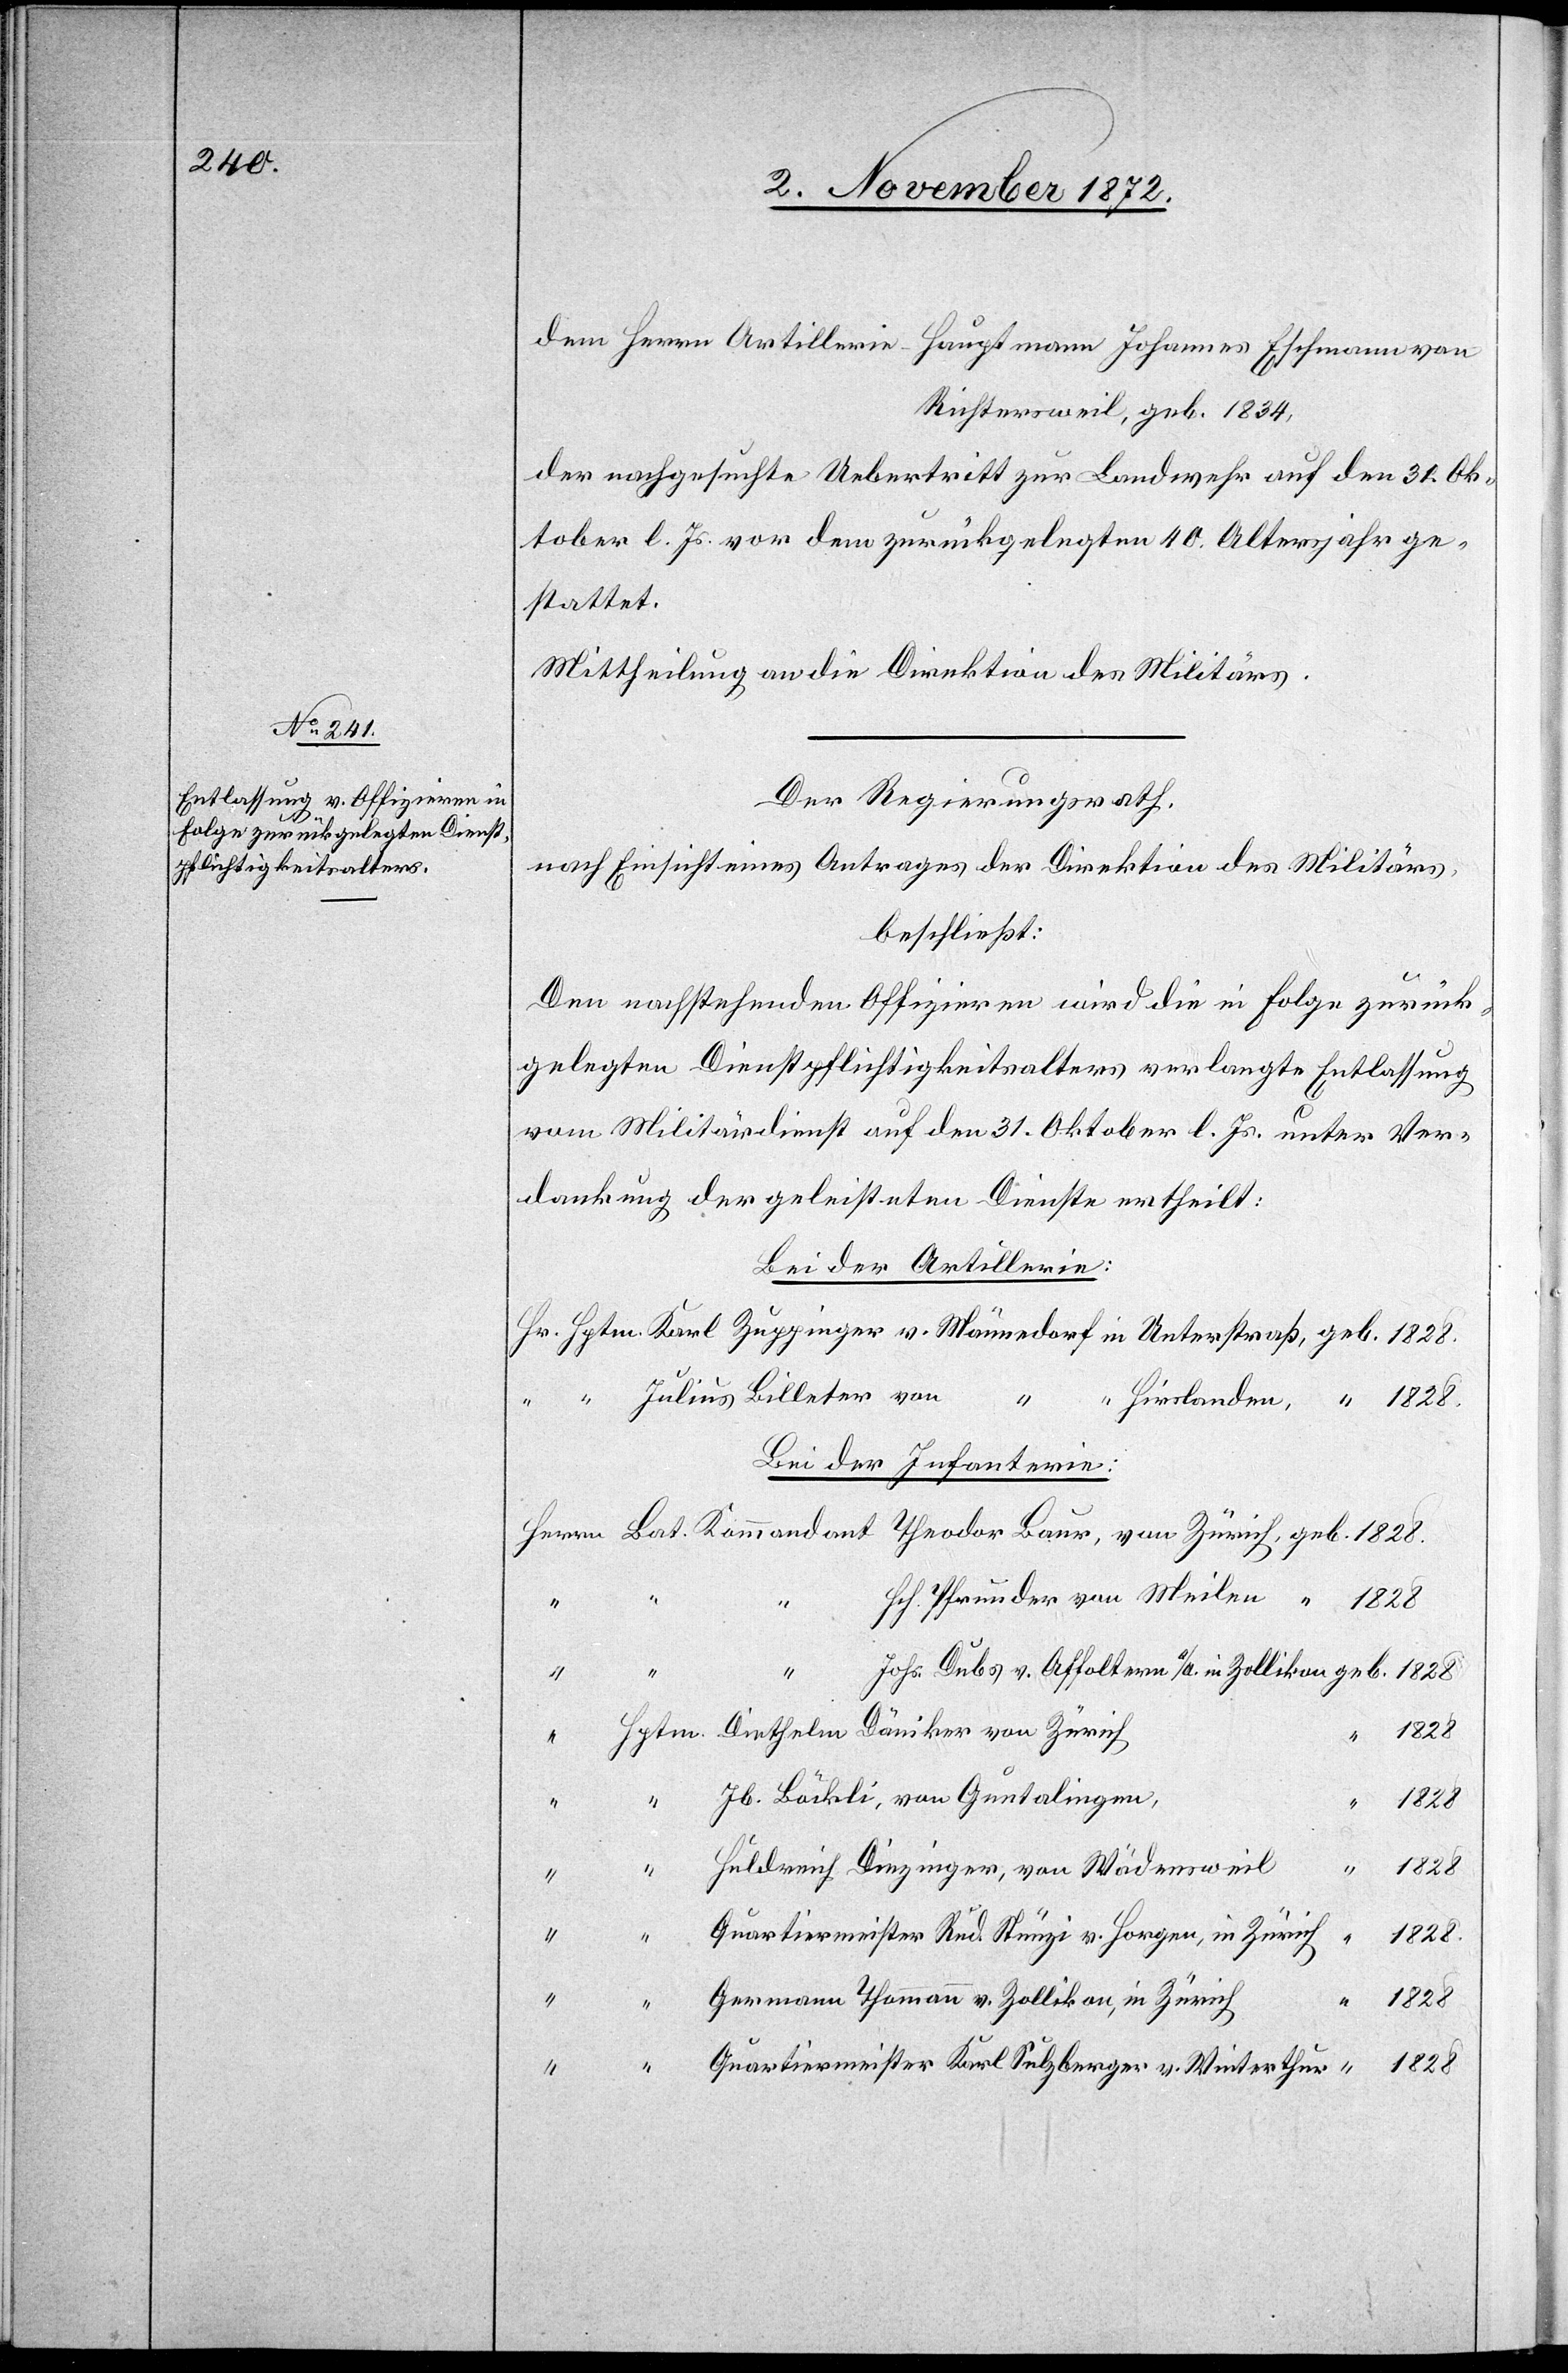
dem Herrn Artillerie-Hauptmann Johannes Eschmann von
Richtersweil, geb. 1834,
der nachgesuchte Uebertritt zur Landwehr auf den 31. Ok¬
tober l. Js. vor dem zurückgelegten 40. Altersjahr ge¬
stattet.
Mittheilung an die Direktion des Militärs.
Der Regierungsrath,
nach Einsicht eines Antrages der Direktion des Militärs,
beschließt:
Den nachstehenden Offizieren wird die in Folge zurück¬
gelegten Dienstpflichtigkeitsalters verlangte Entlassung
vom Militärdienst auf den 31. Oktober l. Js. unter Ver¬
dankung der geleisteten Dienste ertheilt:
Bei der Artillerie:
Julius Billeter von
in
Bei der Infanterie:
Hch. Pfrunder von Meilen
1828
Diethelm Däniker von Zürich
v.
“
Jb. Böckli, von Guntalingen,
1828
“
Huldreich Diezinger, von Wädensweil
1828
Hptm.
Quartiermeister Rud. Stünzi v. Horgen, in Zürich
1828
Germann Thommann v. Zollikon, in Zürich
Quartiermeister Karl Sulzberger v. Winterthur
1828